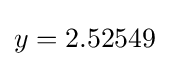
y=2.52549